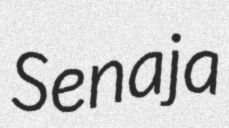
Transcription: Senaja